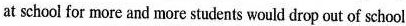
at school for more and more students would drop out of school